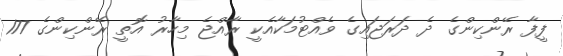
ފީފާ ރޭންކިންގެ ދެ ދަރަޖައިގެ ވެއްޓުމަކާއެކީ ރާއްޖެ މިހާރު އޮތީ ރޭންކިންގެ 177